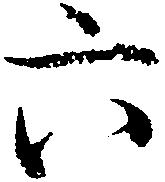
六